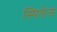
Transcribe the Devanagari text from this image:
स्पिलेज